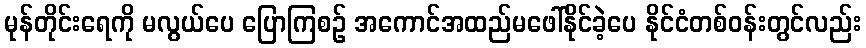
မုန်တိုင်းရေကို မလွယ်ပေ ပြောကြစဉ် အကောင်အထည်မဖေါ်နိုင်ခဲ့ပေ နိုင်ငံတစ်ဝန်းတွင်လည်း